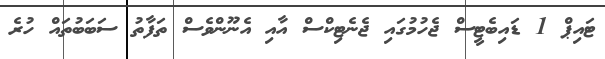
ޓައިޕް 1 ޑައިބެޓީސް ޖެހުމުގައި ޖެނެޓިކްސް އާއި އެނޫންވެސް ތަފާތު ސަބަބުތައް ހުރެ